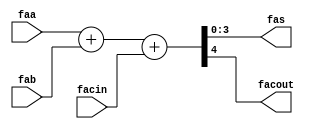
module nfa_accept_samples_generic_hw_add_16ns_16ns_16_4_AddSubnS_3_fadder 
#(parameter
    N = 4
)(
    input  [N-1 : 0]  faa,
    input  [N-1 : 0]  fab,
    input  wire  facin,
    output [N-1 : 0]  fas,
    output wire  facout
);
assign {facout, fas} = faa + fab + facin;
endmodule